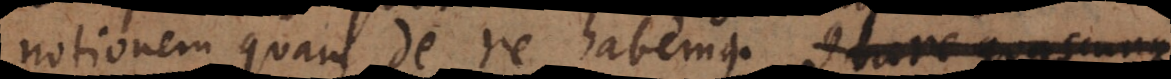
notionem quam de re habemus. Quare quascunque